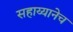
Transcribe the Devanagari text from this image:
सहाय्यानेच